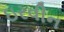
ઇરવીન